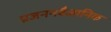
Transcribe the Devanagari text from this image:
प्रजननवैज्ञानिक